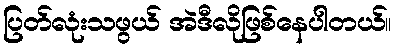
ပြတ်လုံးသဖွယ် အဲဒီလိုဖြစ်နေပါတယ်။